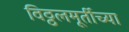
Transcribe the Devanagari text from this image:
विठ्ठलमूर्तीच्या